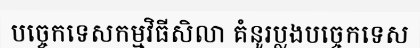
បច្ចេកទេសកម្មវិធីសិលា គំនូរប្លងបច្ចេកទេស